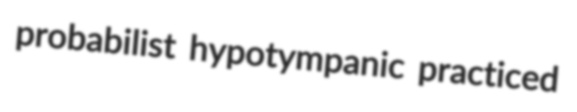
probabilist hypotympanic practiced